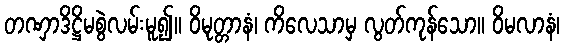
တဏှာဒိဋ္ဌိမစွဲလမ်းမူ၍။ ဝိမုတ္တာနံ၊ ကိလေသာမှ လွတ်ကုန်သော။ ဝိမလာနံ၊